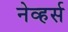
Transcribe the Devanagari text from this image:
नेव्हर्स